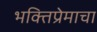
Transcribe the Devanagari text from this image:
भक्तिप्रेमाचा